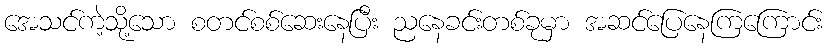
အေသင်ကဲ့သို့သော စတင်စစ်ဆေးနေပြီး ညနေခင်းတစ်ခုမှာ အဆင်ပြေနေကြကြောင်း